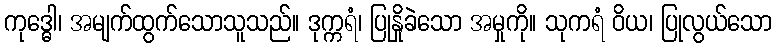
ကုဒ္ဓေါ၊ အမျက်ထွက်သောသူသည်။ ဒုက္ကရံ၊ ပြုနှိုခဲသော အမှုကို။ သုကရံ ဝိယ၊ ပြုလွယ်သော